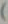
)